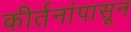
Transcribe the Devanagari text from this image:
कीर्तनांपासून